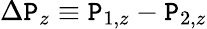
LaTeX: \Delta\mathtt{P}_{z}\equiv\mathtt{P}_{1,z}-\mathtt{P}_{2,z}